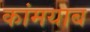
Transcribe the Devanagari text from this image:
कांमयाब